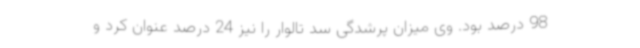
98 درصد بود. وی میزان پرشدگی سد تالوار را نیز 24 درصد عنوان کرد و